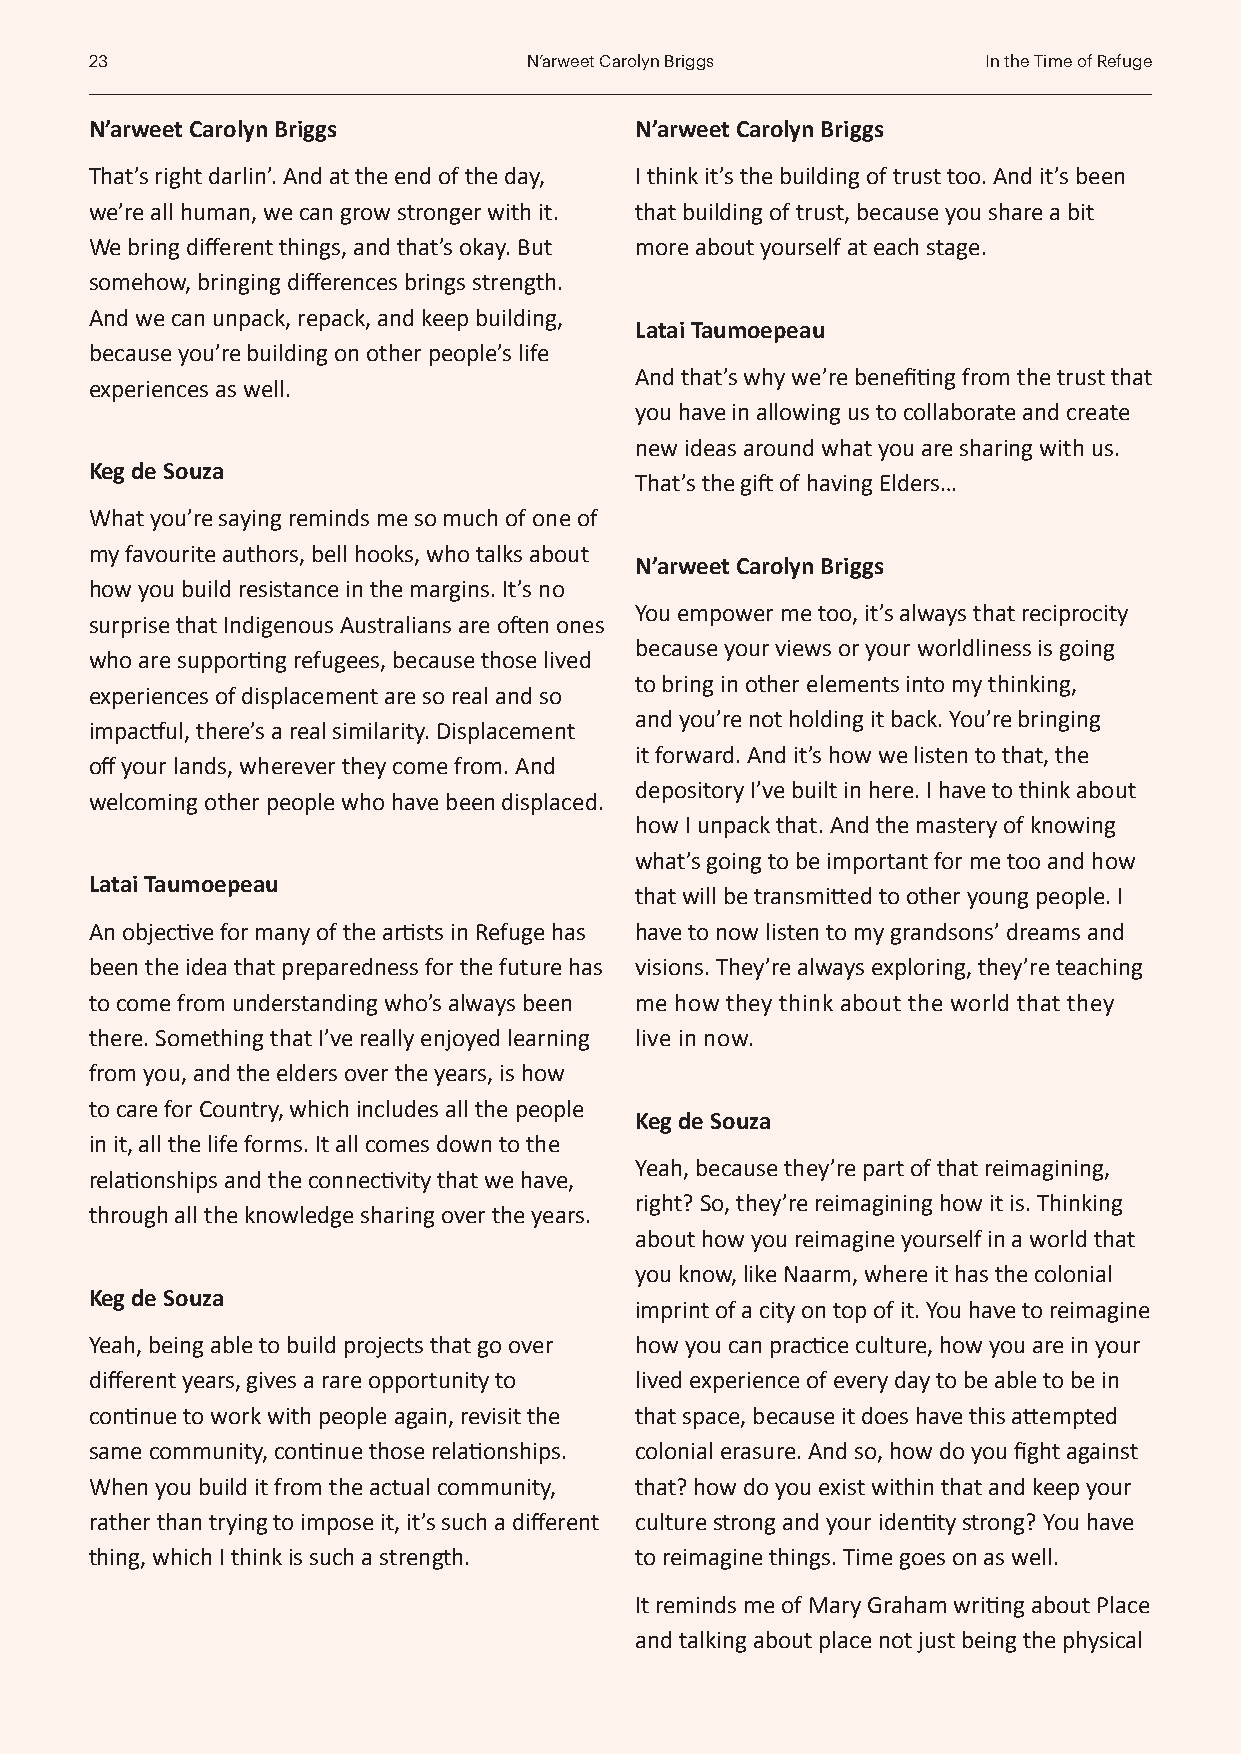
23                           N’arweet Carolyn Briggs       In the Time of Refuge
 N’arweet Carolyn Briggs             N’arweet Carolyn Briggs
 That’s right darlin’. And at the end of the day, I think it’s the building of trust too. And it’s been
 we’re all human, we can grow stronger with it. that building of trust, because you share a bit
 We bring different things, and that’s okay. But more about yourself at each stage.
 somehow, bringing differences brings strength.
 And we can unpack, repack, and keep building,
 Latai Taumoepeau
 because you’re building on other people’s life
 And that’s why we’re benefiting from the trust that
 experiences as well.
 you have in allowing us to collaborate and create
 new ideas around what you are sharing with us.
 Keg de Souza
 That’s the gift of having Elders…
 What you’re saying reminds me so much of one of
 my favourite authors, bell hooks, who talks about
 N’arweet Carolyn Briggs
 how you build resistance in the margins. It’s no
 You empower me too, it’s always that reciprocity
 surprise that Indigenous Australians are often ones
 because your views or your worldliness is going
 who are supporting refugees, because those lived
 to bring in other elements into my thinking,
 experiences of displacement are so real and so
 and you’re not holding it back. You’re bringing
 impactful, there’s a real similarity. Displacement
 it forward. And it’s how we listen to that, the
 off your lands, wherever they come from. And
 depository I’ve built in here. I have to think about
 welcoming other people who have been displaced.
 how I unpack that. And the mastery of knowing
 what’s going to be important for me too and how
 Latai Taumoepeau
 that will be transmitted to other young people. I
 An objective for many of the artists in Refuge has have to now listen to my grandsons’ dreams and
 been the idea that preparedness for the future has visions. They’re always exploring, they’re teaching
 to come from understanding who’s always been me how they think about the world that they
 there. Something that I’ve really enjoyed learning live in now.
 from you, and the elders over the years, is how
 to care for Country, which includes all the people
 Keg de Souza
 in it, all the life forms. It all comes down to the
 Yeah, because they’re part of that reimagining,
 relationships and the connectivity that we have,
 right? So, they’re reimagining how it is. Thinking
 through all the knowledge sharing over the years.
 about how you reimagine yourself in a world that
 you know, like Naarm, where it has the colonial
 Keg de Souza
 imprint of a city on top of it. You have to reimagine
 Yeah, being able to build projects that go over how you can practice culture, how you are in your
 different years, gives a rare opportunity to lived experience of every day to be able to be in
 continue to work with people again, revisit the that space, because it does have this attempted
 same community, continue those relationships. colonial erasure. And so, how do you fight against
 When you build it from the actual community, that? how do you exist within that and keep your
 rather than trying to impose it, it’s such a different culture strong and your identity strong? You have
 thing, which I think is such a strength. to reimagine things. Time goes on as well.
 It reminds me of Mary Graham writing about Place
 and talking about place not just being the physical